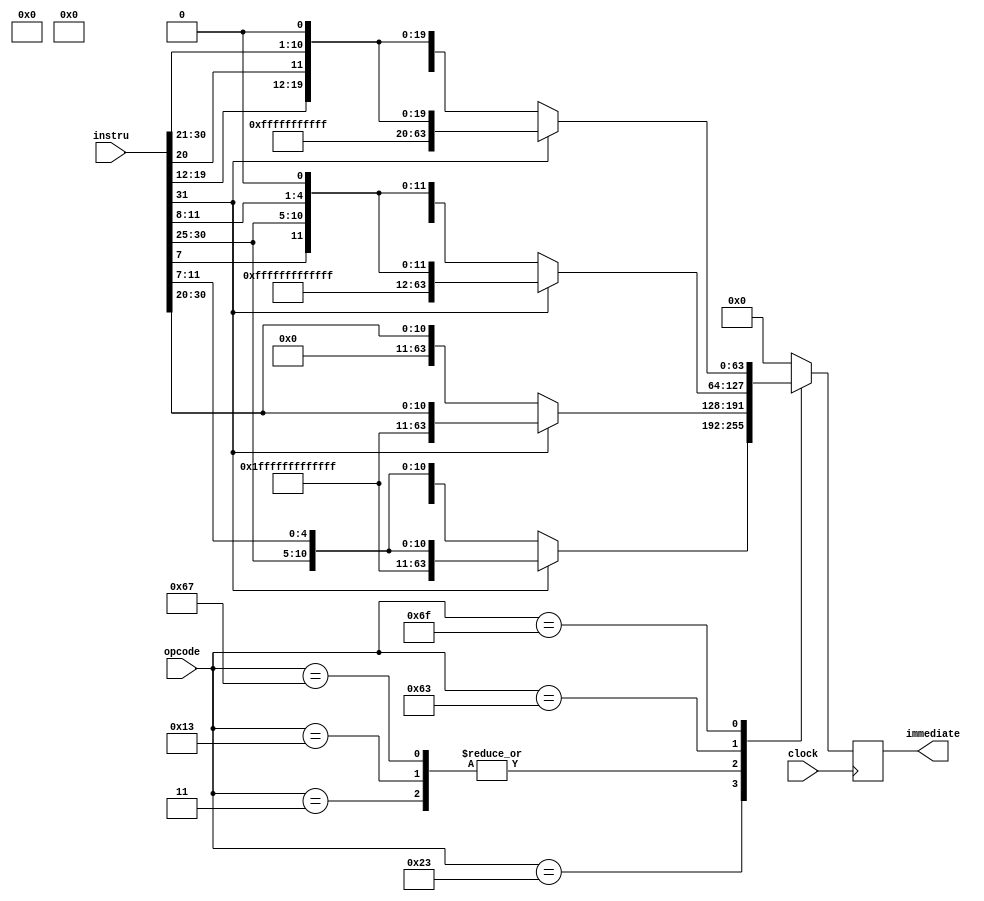
`timescale 1ns / 1ps

module immediate_generator(
  input clock,
  input [31:0] instru,
  input [6:0] opcode,
  output reg [63:0] immediate
);

  parameter NEG = 64'b1111111111111111111111111111111111111111111111111111111111111111;

  initial begin
    immediate = 64'b0;
  end

  always @(negedge clock) begin
    case (opcode)
      7'b0000011: begin // Load
        if (instru[31] == 1) begin
          immediate = {NEG[51:0], instru[31:20]};
        end else begin
          immediate = {52'b0, instru[31:20]};
        end
      end
      7'b0010011: begin // immediate
        if (instru[31] == 1) begin
          immediate = {NEG[51:0], instru[31:20]};
        end else begin
          immediate = {52'b0, instru[31:20]};
        end
      end
      7'b0100011: begin // S-type
        if (instru[31] == 1) begin
          immediate = {NEG[51:0], instru[31:25], instru[11:7]};
        end else begin
          immediate = {52'b0, instru[31:25], instru[11:7]};
        end
      end
      7'b1100111: begin // jalr
        if (instru[31] == 1) begin
          immediate = {NEG[51:0], instru[31:20]};
        end else begin
          immediate = {52'b0, instru[31:20]};
        end
      end
      7'b1100011: begin // SB-type
        if (instru[31] == 1) begin
          immediate = {NEG[50:0], instru[31], instru[7], instru[30:25], instru[11:8], 1'b0};
        end else begin
          immediate = {51'b0, instru[31], instru[7], instru[30:25], instru[11:8], 1'b0};
        end
      end
      7'b1101111: begin // UJ-type
        if (instru[31] == 1) begin
          immediate = {NEG[42:0], instru[31], instru[19:12], instru[20], instru[30:21], 1'b0};
        end else begin
          immediate = {43'b0, instru[31], instru[19:12], instru[20], instru[30:21], 1'b0};
        end
      end
      default:
        immediate = 64'b0;
    endcase

    $display("immediate: 0x%H", immediate[63:0]);
  end

endmodule